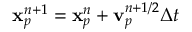
{ \bf { x } } _ { p } ^ { n + 1 } = { \bf { x } } _ { p } ^ { n } + { \bf { v } } _ { p } ^ { n + 1 / 2 } \Delta t